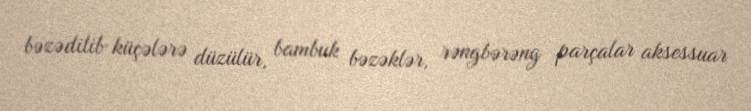
bəzədilib küçələrə düzülür, bambuk bəzəklər, rəngbərəng parçalar aksessuar